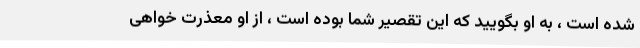
شده است ، به او بگویید که این تقصیر شما بوده است ، از او معذرت خواهی